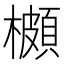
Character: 櫇